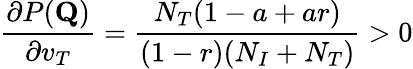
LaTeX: \frac{\partial P(\mathbf{Q})}{\partial v_{T}}=\frac{N_{T}(1-a+ar)}{(1-r)(N_{I}+N_{T})}>0